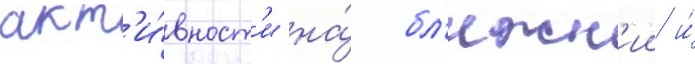
акт'и́вност'и на́ бл'ижн'ии и́